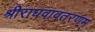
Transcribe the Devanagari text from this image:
श्रीराघवावतरणम्